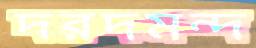
দরদমন্দ